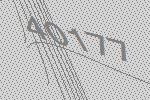
40177